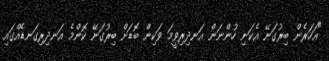
"އަހަރެން ބިރުގަނޭ އެކަނި ހުންނަން އަނދިރިވީމަ ވަކިން ބޮޑަށް ބިރުގަނޭ ކޮންމެ އަނދިރިގަނޑެއްގައި